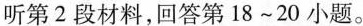
听第2段材料,回答第18~20 小题.